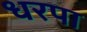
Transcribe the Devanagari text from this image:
धरपा